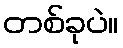
တစ်ခုပဲ။